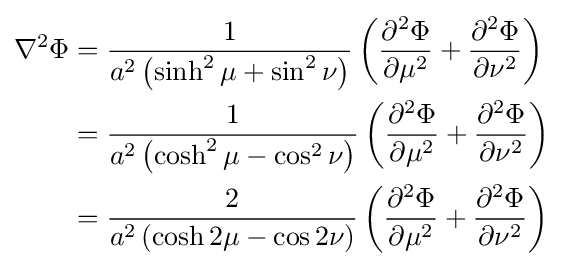
{\begin{aligned}\nabla ^{2}\Phi &={\frac {1}{a^{2}\left(\sinh ^{2}\mu +\sin ^{2}\nu \right)}}\left({\frac {\partial ^{2}\Phi }{\partial \mu ^{2}}}+{\frac {\partial ^{2}\Phi }{\partial \nu ^{2}}}\right)\\&={\frac {1}{a^{2}\left(\cosh ^{2}\mu -\cos ^{2}\nu \right)}}\left({\frac {\partial ^{2}\Phi }{\partial \mu ^{2}}}+{\frac {\partial ^{2}\Phi }{\partial \nu ^{2}}}\right)\\&={\frac {2}{a^{2}\left(\cosh 2\mu -\cos 2\nu \right)}}\left({\frac {\partial ^{2}\Phi }{\partial \mu ^{2}}}+{\frac {\partial ^{2}\Phi }{\partial \nu ^{2}}}\right)\end{aligned}}